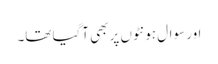
اور سوال ہونٹوں پر بھی آگیا تھا۔